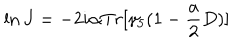
\ln J = - 2 i \alpha T r [ \gamma _ { 5 } ( 1 - \frac { a } { 2 } D ) ]